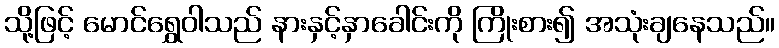
သို့ဖြင့် မောင်ရွှေဝါသည် နားနှင့်နှာခေါင်းကို ကြိုးစား၍ အသုံးချနေသည်။